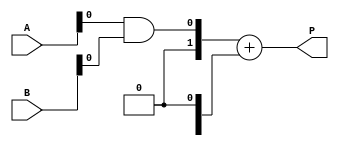
module dadda_multiplier #(parameter n = 4) (
    input [n-1:0] A,
    input [n-1:0] B,
    output [2*n-1:0] P
);

    // Partial product generation
    wire [n-1:0] pp [n-1:0]; // Partial products
    genvar i, j;
    generate
        for (i = 0; i < n; i = i + 1) begin : pp_gen
            for (j = 0; j < n; j = j + 1) begin : pp_row
                assign pp[i][j] = A[i] & B[j];
            end
        end
    endgenerate

    // Reduction tree
    wire [n-1:0] sum [n-1:0]; // Sums at each stage
    wire [n-1:0] carry [n-1:0]; // Carries at each stage

    // Stage 1: Combine partial products
    generate
        for (i = 0; i < n; i = i + 1) begin : stage1
            if (i < n-1) begin
                // Half adders and full adders for the first stage
                assign {carry[i][i], sum[i][i]} = pp[i][0] + pp[i][1];
                for (j = 2; j < n; j = j + 1) begin
                    if (j < n-1) begin
                        assign {carry[i][j], sum[i][j]} = pp[i][j] + sum[i][j-1] + carry[i][j-1];
                    end
                end
            end
        end
    endgenerate

    // Stage 2: Continue combining
    generate
        for (i = 0; i < n-1; i = i + 1) begin : stage2
            if (i < n-2) begin
                assign {carry[i+1][i], sum[i+1][i]} = sum[i][i] + sum[i][i+1];
            end
        end
    endgenerate

    // Final addition
    wire [2*n-1:0] final_sum;
    wire [2*n-1:0] final_carry;

    assign final_sum[0] = pp[0][0];
    assign final_carry[0] = 0;

    // Combine all sums and carries to produce final product
    generate
        for (i = 1; i < n; i = i + 1) begin : final_addition
            assign final_sum[i] = sum[n-1][i-1];
            assign final_carry[i] = carry[n-1][i-1];
        end
    endgenerate

    // Final product output
    assign P = final_sum + final_carry;

endmodule